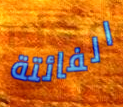
الفائتة